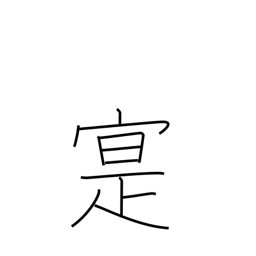
Meaning: real